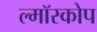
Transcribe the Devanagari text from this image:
ल्मॉस्कोप